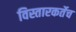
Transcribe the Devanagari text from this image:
विस्तारकर्तेच